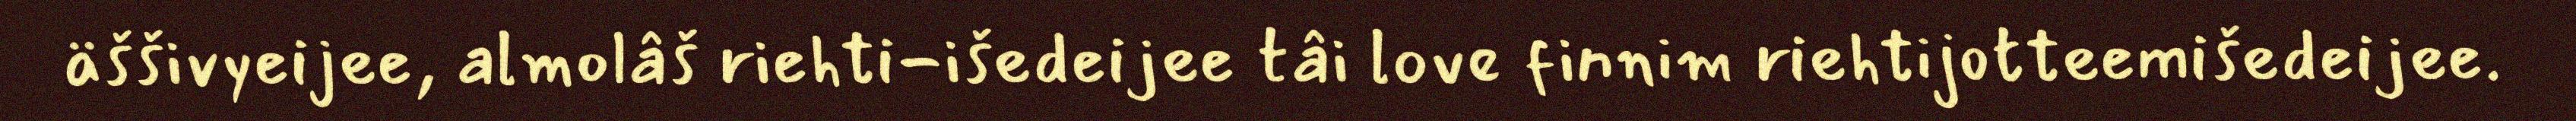
äššivyeijee, almolâš riehti-išedeijee tâi love finnim riehtijotteemišedeijee.